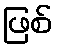
ဖြစ်